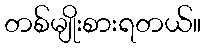
တစ်မျိုးစားရတယ်။